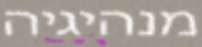
מנהיגיה